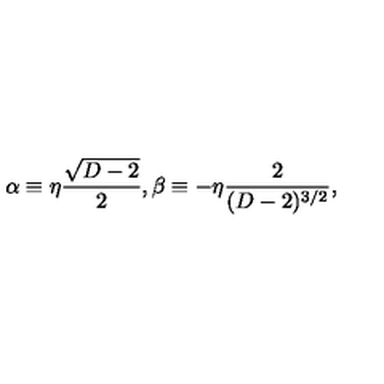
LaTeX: \alpha \equiv \eta { \frac { \sqrt { D - 2 } } { 2 } } , \beta \equiv - \eta { \frac { 2 } { ( D - 2 ) ^ { 3 / 2 } } } ,